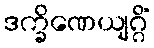
ဒက္ခိဏေယျဂ္ဂိံ